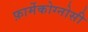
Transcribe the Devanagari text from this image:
फ़ार्मेकोग्नोसी